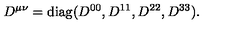
D ^ { \mu \nu } = \mathrm { d i a g } ( D ^ { 0 0 } , D ^ { 1 1 } , D ^ { 2 2 } , D ^ { 3 3 } ) .